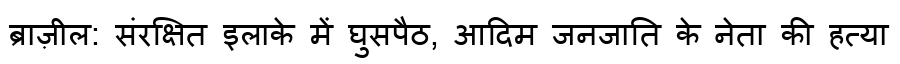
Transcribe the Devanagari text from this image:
ब्राज़ील: संरक्षित इलाके में घुसपैठ, आदिम जनजाति के नेता की हत्या